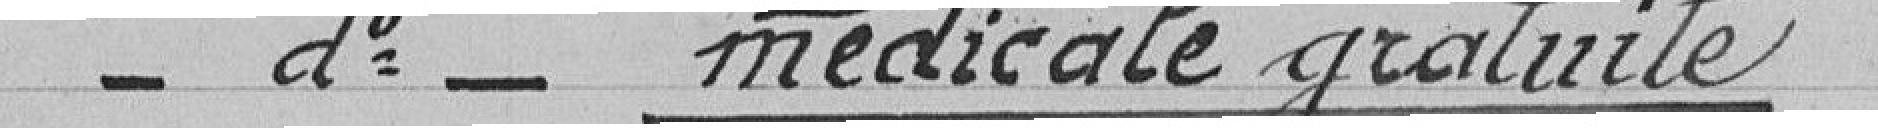
médicale gratuite